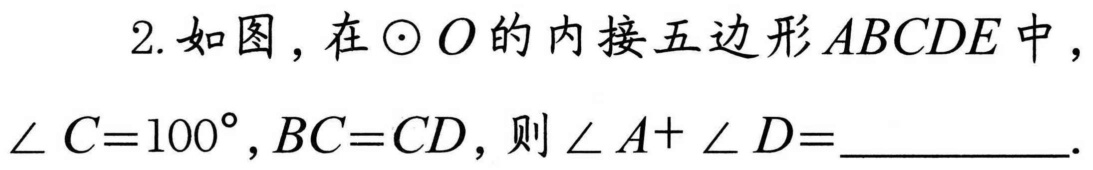
2.如图，在 \(\odot O\) 的内接五边形 \(ABCDE\) 中，\(\angle C = 100^{\circ}\)，\(BC = CD\)，则 \(\angle A+\angle D=\)__________.